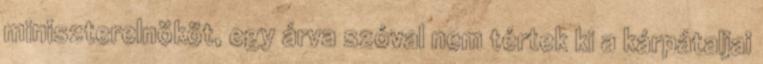
miniszterelnököt, egy árva szóval nem tértek ki a kárpátaljai